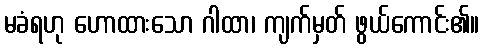
မခံရဟု ဟောထားသော ဂါထာ၊ ကျက်မှတ် ဖွယ်ကောင်း၏။